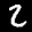
Label: 2